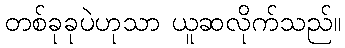
တစ်ခုခုပဲဟုသာ ယူဆလိုက်သည်။